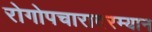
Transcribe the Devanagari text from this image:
रोगोपचारादरम्यान